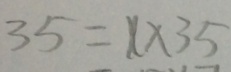
3 5 = x \times 3 5